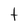
Character: t